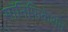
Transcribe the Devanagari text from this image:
सॉनिफ़िकेशन